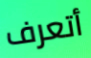
أتعرف